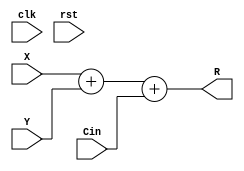
//--------------------------------------------------------------------------------------------
//
// Generated by X-HDL VHDL Translator - Version 2.0.0 Feb. 1, 2011
// Mon Apr 21 2014 01:17:19
//
//      Input file      : 
//      Component name  : intadder_42_f300_uid15
//      Author          : 
//      Company         : 
//
//      Description     : 
//
//
//--------------------------------------------------------------------------------------------

module IntAdder_42_f300_uid15(clk, rst, X, Y, Cin, R);
   input         clk;
   input         rst;
   input [41:0]  X;
   input [41:0]  Y;
   input         Cin;
   output [41:0] R;
   /*
   always @(posedge clk)
      
         ;
   */
	assign R = X + Y + Cin;
   
endmodule